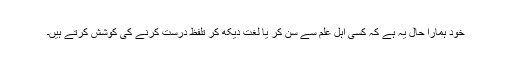
خود ہمارا حال یہ ہے کہ کسی اہلِ علم سے سن کر یا لغت دیکھ کر تلفظ درست کرنے کی کوشش کرتے ہیں۔